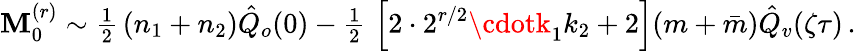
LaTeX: {\cal\mathbf{M}}_{0}^{(r)}\sim{\textstyle{\frac{{1}}{{2}}}}\, (n_{1}+n_{2})\hat{{Q}}_{o}(0)-{\textstyle{\frac{{1}}{{2}}}}\, \left[2\cdot2^{r/2}\cdotk_{1}k_{2}+2\right](m+\bar{{m}})\hat{{Q}}_{v}(\zeta\tau)\, .